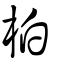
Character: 柏